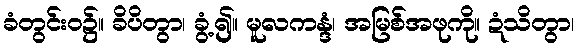
ခံတွင်းဝ၌။ ခိပိတွာ၊ ခွံ့၍။ မူလကန္ဒံ၊ အမြစ်အဖုကို။ ဍံသိတွာ၊